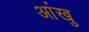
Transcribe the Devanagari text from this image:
आंखु